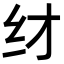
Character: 䌶